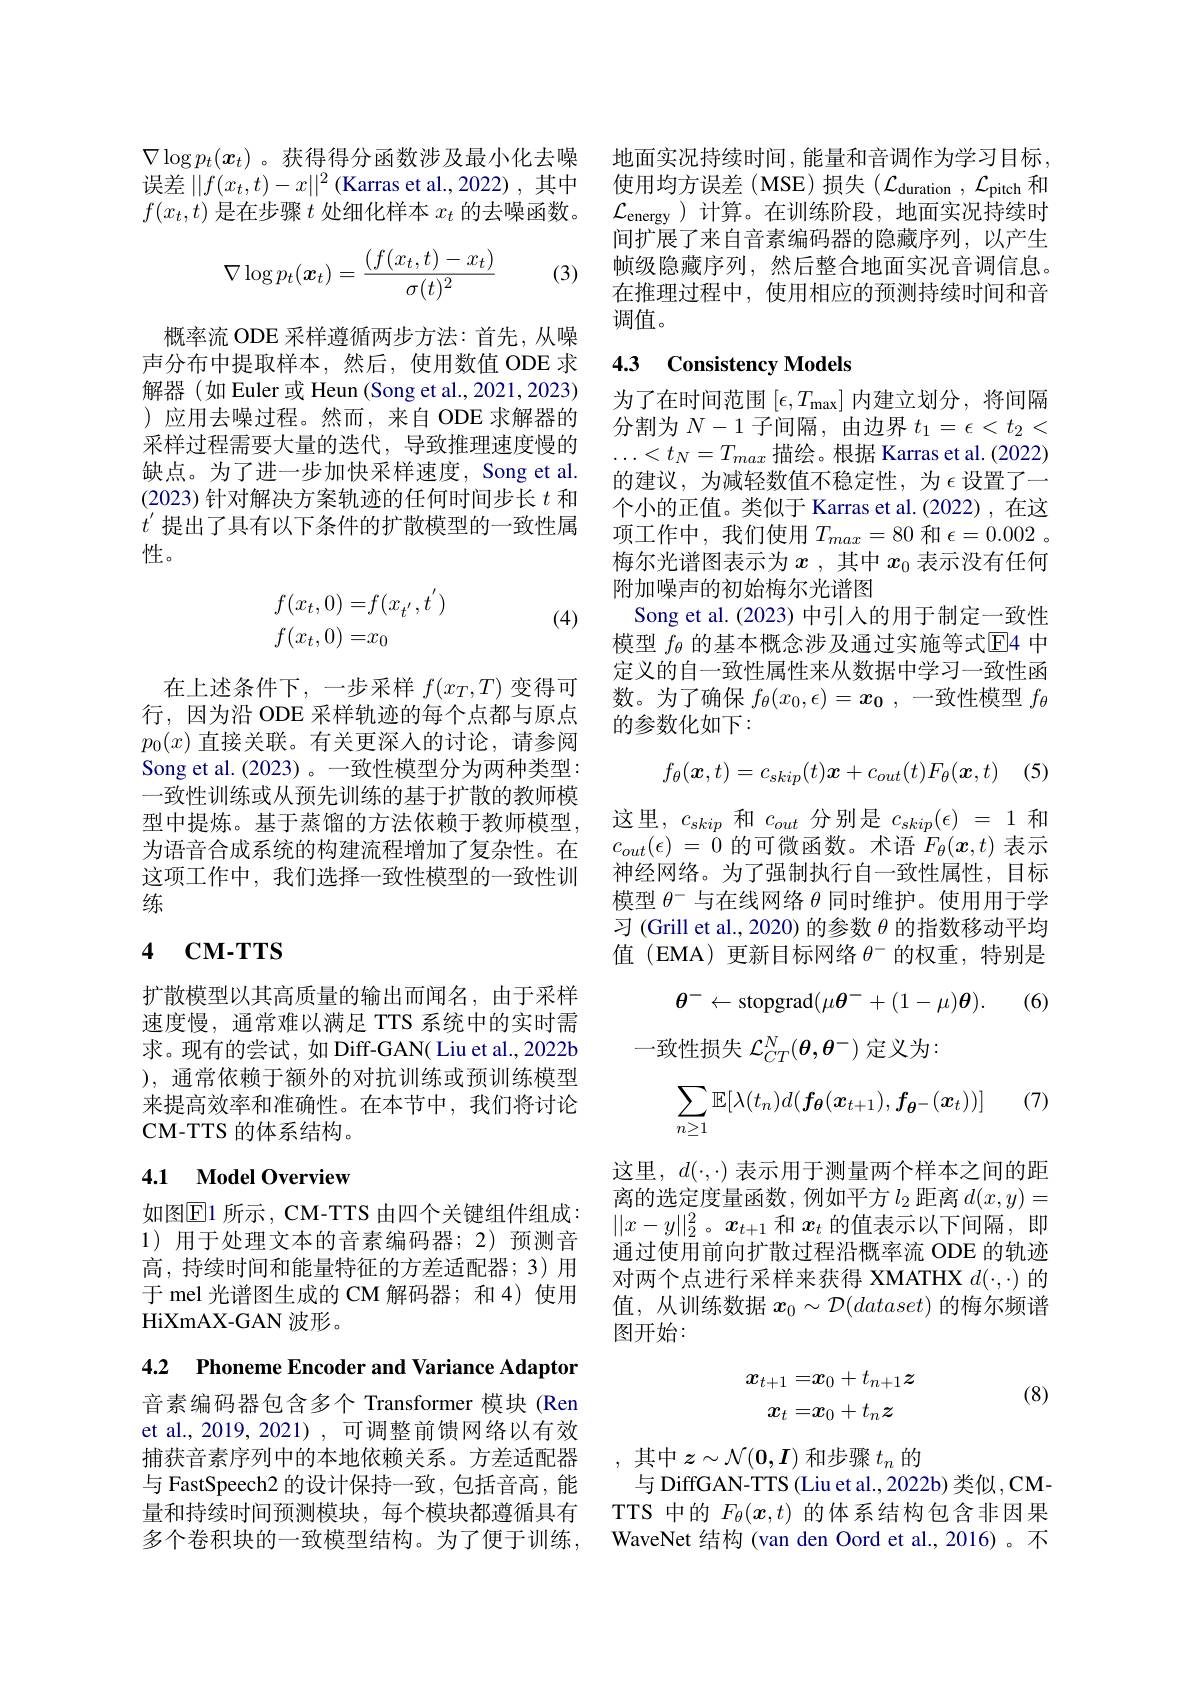
$\nabla\log p_t(x_t)$。获得得分函数涉及最小化去噪 地面实况持续时间，能量和音调作为学习目标， 误差$||f(x_t,t)-x||^2$ (Karras et al., 2022) ,其中 使用均方误差 (MSE) 损失 ($\mathcal{L}_\text{duration },\mathcal{L}_\text{pitch 和}$ $f(x_t,t)$是在步骤$t$处细化样本$x_t$的去噪函数。

(3)
$$\nabla\log p_t(\boldsymbol{x}_t)=\frac{(f(x_t,t)-x_t)}{\sigma(t)^2}$$
概率流 ODE 采样遵循两步方法：首先，从噪声分布中提取样本，然后，使用数值 ODE 求解器(如 Euler 或 Heun(Song et al.,2021,2023) )应用去噪过程。然而，来自 ODE 求解器的采样过程需要大量的迭代，导致推理速度慢的缺点。为了进一步加快采样速度，Song et al. (2023) 针对解决方案轨迹的任何时间步长$t$和$t^{\prime}$提出了具有以下条件的扩散模型的一致性属性。

(4)
$$\begin{aligned}f(x_t,0)=&f(x_{t'},t')\\f(x_t,0)=&x_0\end{aligned}$$
在上述条件下，一步采样$f(x_T,T)$变得可行，因为沿 ODE 采样轨迹的每个点都与原点$p_0(x)$直接关联。有关更深人的讨论，请参阅Song et al. (2023)。一致性模型分为两种类型： 一致性训练或从预先训练的基于扩散的教师模型中提炼。基于蒸馏的方法依赖于教师模型， 为语音合成系统的构建流程增加了复杂性。在这项工作中，我们选择一致性模型的一致性训练

# 4 CM- TTS

扩散模型以其高质量的输出而闻名，由于采样速度慢，通常难以满足 TTS 系统中的实时需求。现有的尝试，如 Diff-GAN( Liu et al., 2022b ), 通常依赖于额外的对抗训练或预训练模型来提高效率和准确性。在本节中，我们将讨论CM-TTS 的体系结构。

## 4.1 Model Overview

如图$\overline{\mathrm{E}}$1 所示，CM-TTS 由四个关键组件组成： 1)用于处理文本的音素编码器；2)预测音高，持续时间和能量特征的方差适配器；3)用于 mel 光谱图生成的 CM 解码器；和 4) 使用HiXmAX- GAN波形。

4.2 Phoneme Encoder and Variance Adaptor

音素编码器包含多个 Transformer 模块(Ren et al., 2019, 2021) , 可调整前馈网络以有效捕获音素序列中的本地依赖关系。方差适配器与 FastSpeech2 的设计保持一致，包括音高，能量和持续时间预测模块，每个模块都遵循具有多个卷积块的一致模型结构。为了便于训练，

$\mathcal{L}_{\mathrm{energy}}$)计算。在训练阶段，地面实况持续时间扩展了来自音素编码器的隐藏序列，以产生帧级隐藏序列，然后整合地面实况音调信息。在推理过程中，使用相应的预测持续时间和音调值。

## 4.3 Consistency Models

为了在时间范围$[\epsilon,T_{\max}]$内建立划分，将间隔分割为$N-1$子间隔，由边界$t_1=\epsilon<t_2<$ $\ldots<t_N=T_{max}$描绘。根据 Karras et al.(2022) 的建议，为减轻数值不稳定性，为$\epsilon$ 设置了一个小的正值。类似于 Karras et al.(2022),在这项工作中，我们使用$T_max=80$和$\epsilon=0.002$ 。梅尔光谱图表示为$x$ ,其中$x_{0}$表示没有任何附加噪声的初始梅尔光谱图
Song et al.(2023) 中引入的用于制定一致性模型$f_\theta$的基本概念涉及通过实施等式E4 中定义的自一致性属性来从数据中学习一致性函数。为了确保$f_\theta ( x_0, \epsilon ) = x_0$ ,一致性模型$f_\theta$ 的参数化如下：
$$f_\theta(\boldsymbol{x},t)=c_{skip}(t)\boldsymbol{x}+c_{out}(t)F_\theta(\boldsymbol{x},t)$$
这里，$c_skip$ 和$c_out$分别是$c_skip(\epsilon)=1$和$c_{out}( \epsilon )$ = 0的可微函数。术语$F_\theta(x,t)$表示神经网络。为了强制执行自一致性属性，目标模型$\theta^-$与在线网络$\theta$同时维护。使用用于学习 (Grill et al., 2020) 的参数$\theta$的指数移动平均值(EMA)更新目标网络$\theta^-$的权重，特别是
$$\theta^-\leftarrow\mathrm{stopgrad}(\mu\boldsymbol{\theta}^-+(1-\mu)\boldsymbol{\theta}).$$
(6)

一致性损失$\mathcal{L}_{CT}^N(\boldsymbol{\theta},\boldsymbol{\theta}^-)$定义为：
$$\sum_{n\geq1}\mathbb{E}[\lambda(t_n)d(\boldsymbol{f_\theta}(\boldsymbol{x_{t+1}}),\boldsymbol{f_\theta}^-(\boldsymbol{x_t}))]\quad(7)$$
这里，$d(\cdot,\cdot)$表示用于测量两个样本之间的距离的选定度量函数，例如平方$l_2$距离$d(x,y)=$ $||x-y||_2^2$。$x_t+1$和$x_t$的值表示以下间隔，即通过使用前向扩散过程沿概率流 ODE 的轨迹对两个点进行采样来获得 XMATHX $d(\cdot,\cdot)$的值，从训练数据$x_0\sim\mathcal{D}(dataset)$的梅尔频谱图开始：

(8)
$$\begin{aligned}\boldsymbol{x}_{t+1}=&\boldsymbol{x}_0+t_{n+1}\boldsymbol{z}\\\boldsymbol{x}_{t}=&\boldsymbol{x}_0+t_n\boldsymbol{z}\end{aligned}$$
,其中$z\sim\mathcal{N}(\mathbf{0},\boldsymbol{I})$和步骤$t_n$的
与 DiffGAN-TTS (Liu et al., 2022b) 类似，CMTTS 中的$F_\theta(x,t)$的体系结构包含非因果WaveNet 结构 (van den Oord et al., 2016)。不